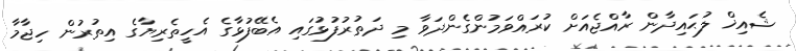
ޝެއިޚް ލުޙައިދާން ރާއްޖެއަށް ކުރައްވަމުންގެންދަވާ މި ދަތުރުފުޅުގައި އެބޭފުޅާގެ އެހީތެރިޔާގެ އިތުރުން ހިޖާމާ